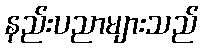
နည်းပညာများသည်